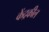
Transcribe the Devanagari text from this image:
केंद्रकील